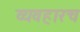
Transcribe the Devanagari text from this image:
व्यवहारच